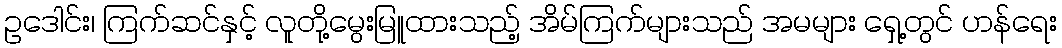
ဥဒေါင်း၊ ကြက်ဆင်နှင့် လူတို့မွေးမြူထားသည့် အိမ်ကြက်များသည် အမများ ရှေ့တွင် ဟန်ရေး